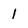
Character: 1